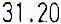
31.20